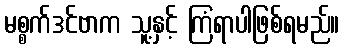
မစ္စက်ဒင်ဗာက သူ့နှင့် ကြံရာပါဖြစ်ရမည်။